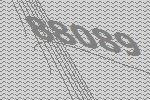
88089